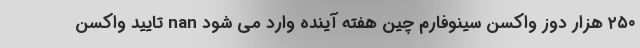
۲۵۰ هزار دوز واکسن سینوفارم چین هفته آینده وارد می شود nan تایید واکسن